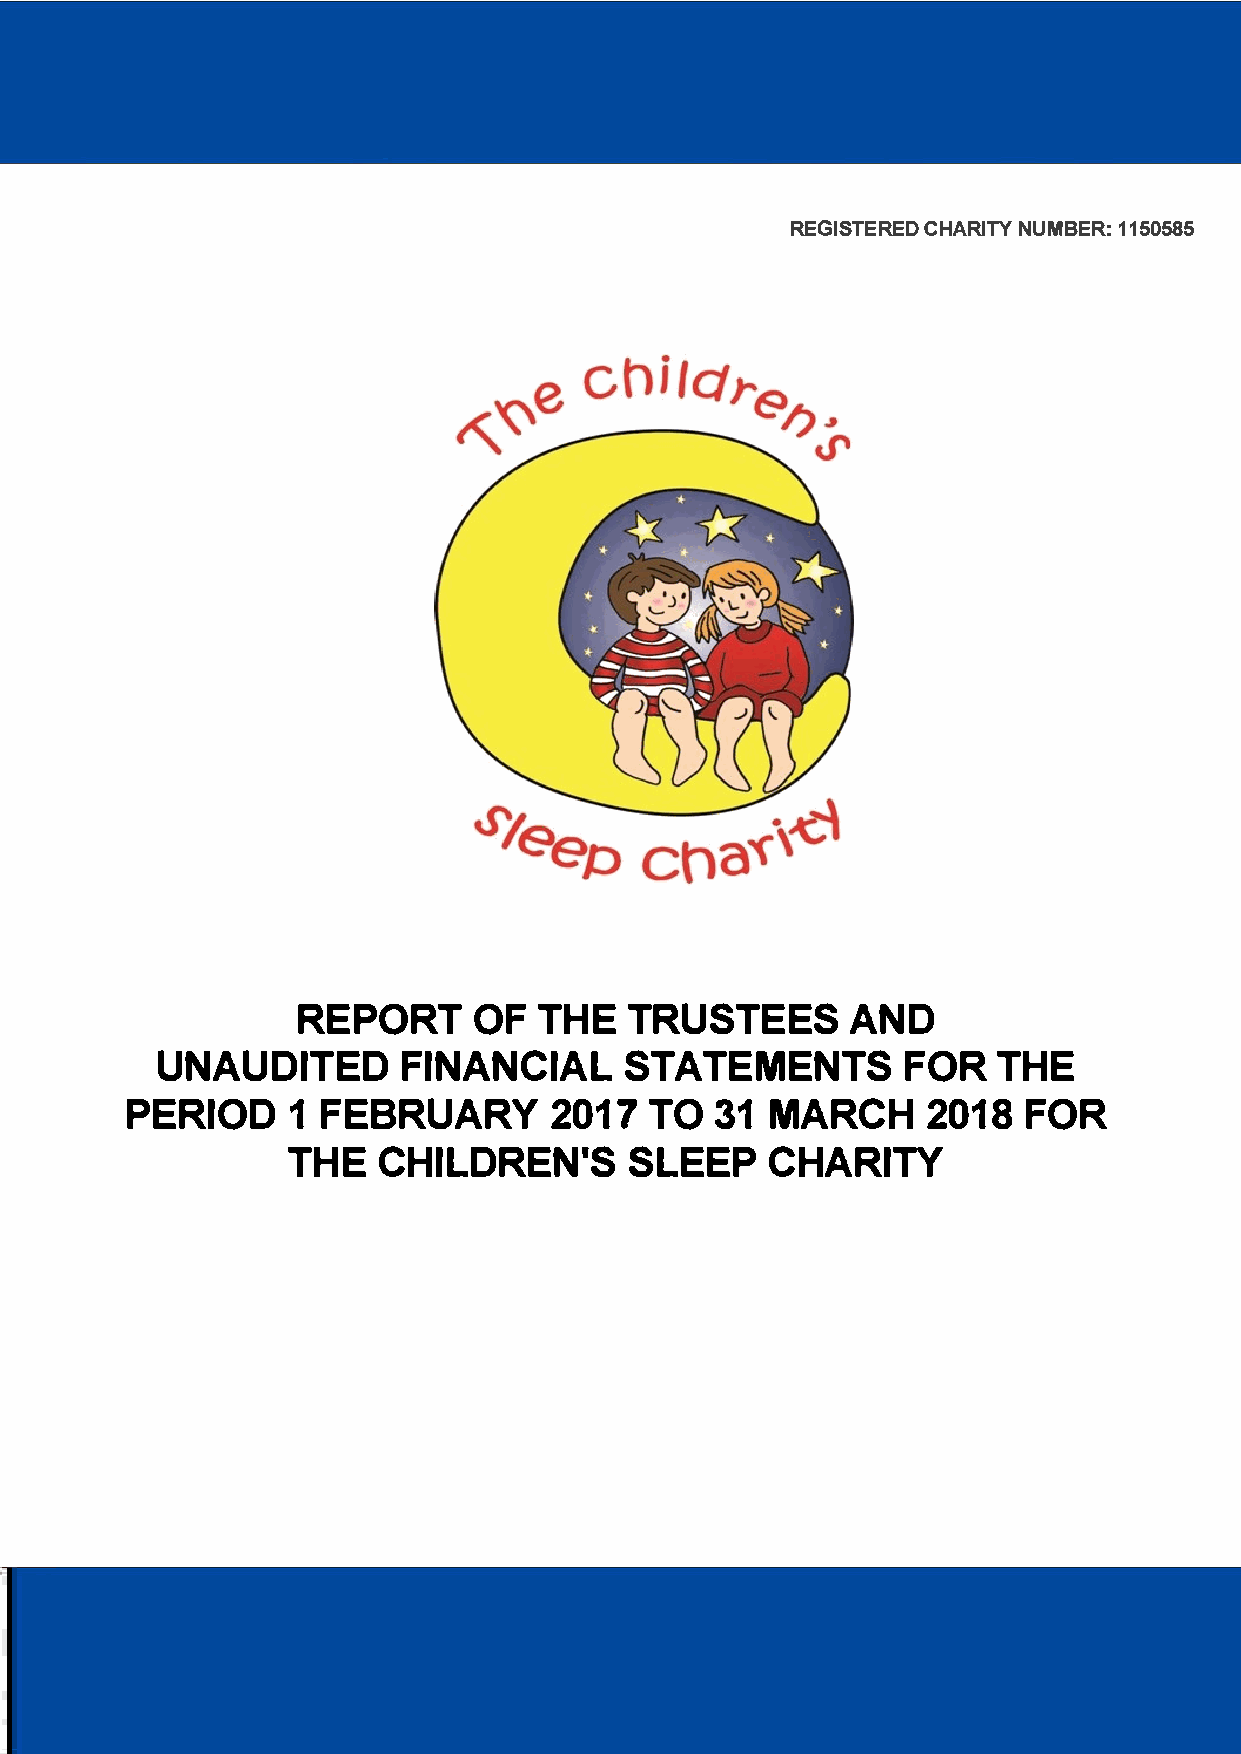
REGISTECRHEADR INTUYM BE1R1:5 0585
 REPORT             OF      THE        TRUSTEES                 AND
 UNAUDITED                   FINANCIAL                   STATEMENTS                    FOR        THE
 PERIODB            R1U   AFREY      2017          TO      31      MARCH            2018          FOR
 THE        CHILDREN'S                     SLEEP           CHARITY